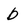
Character: b